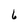
Character: 6